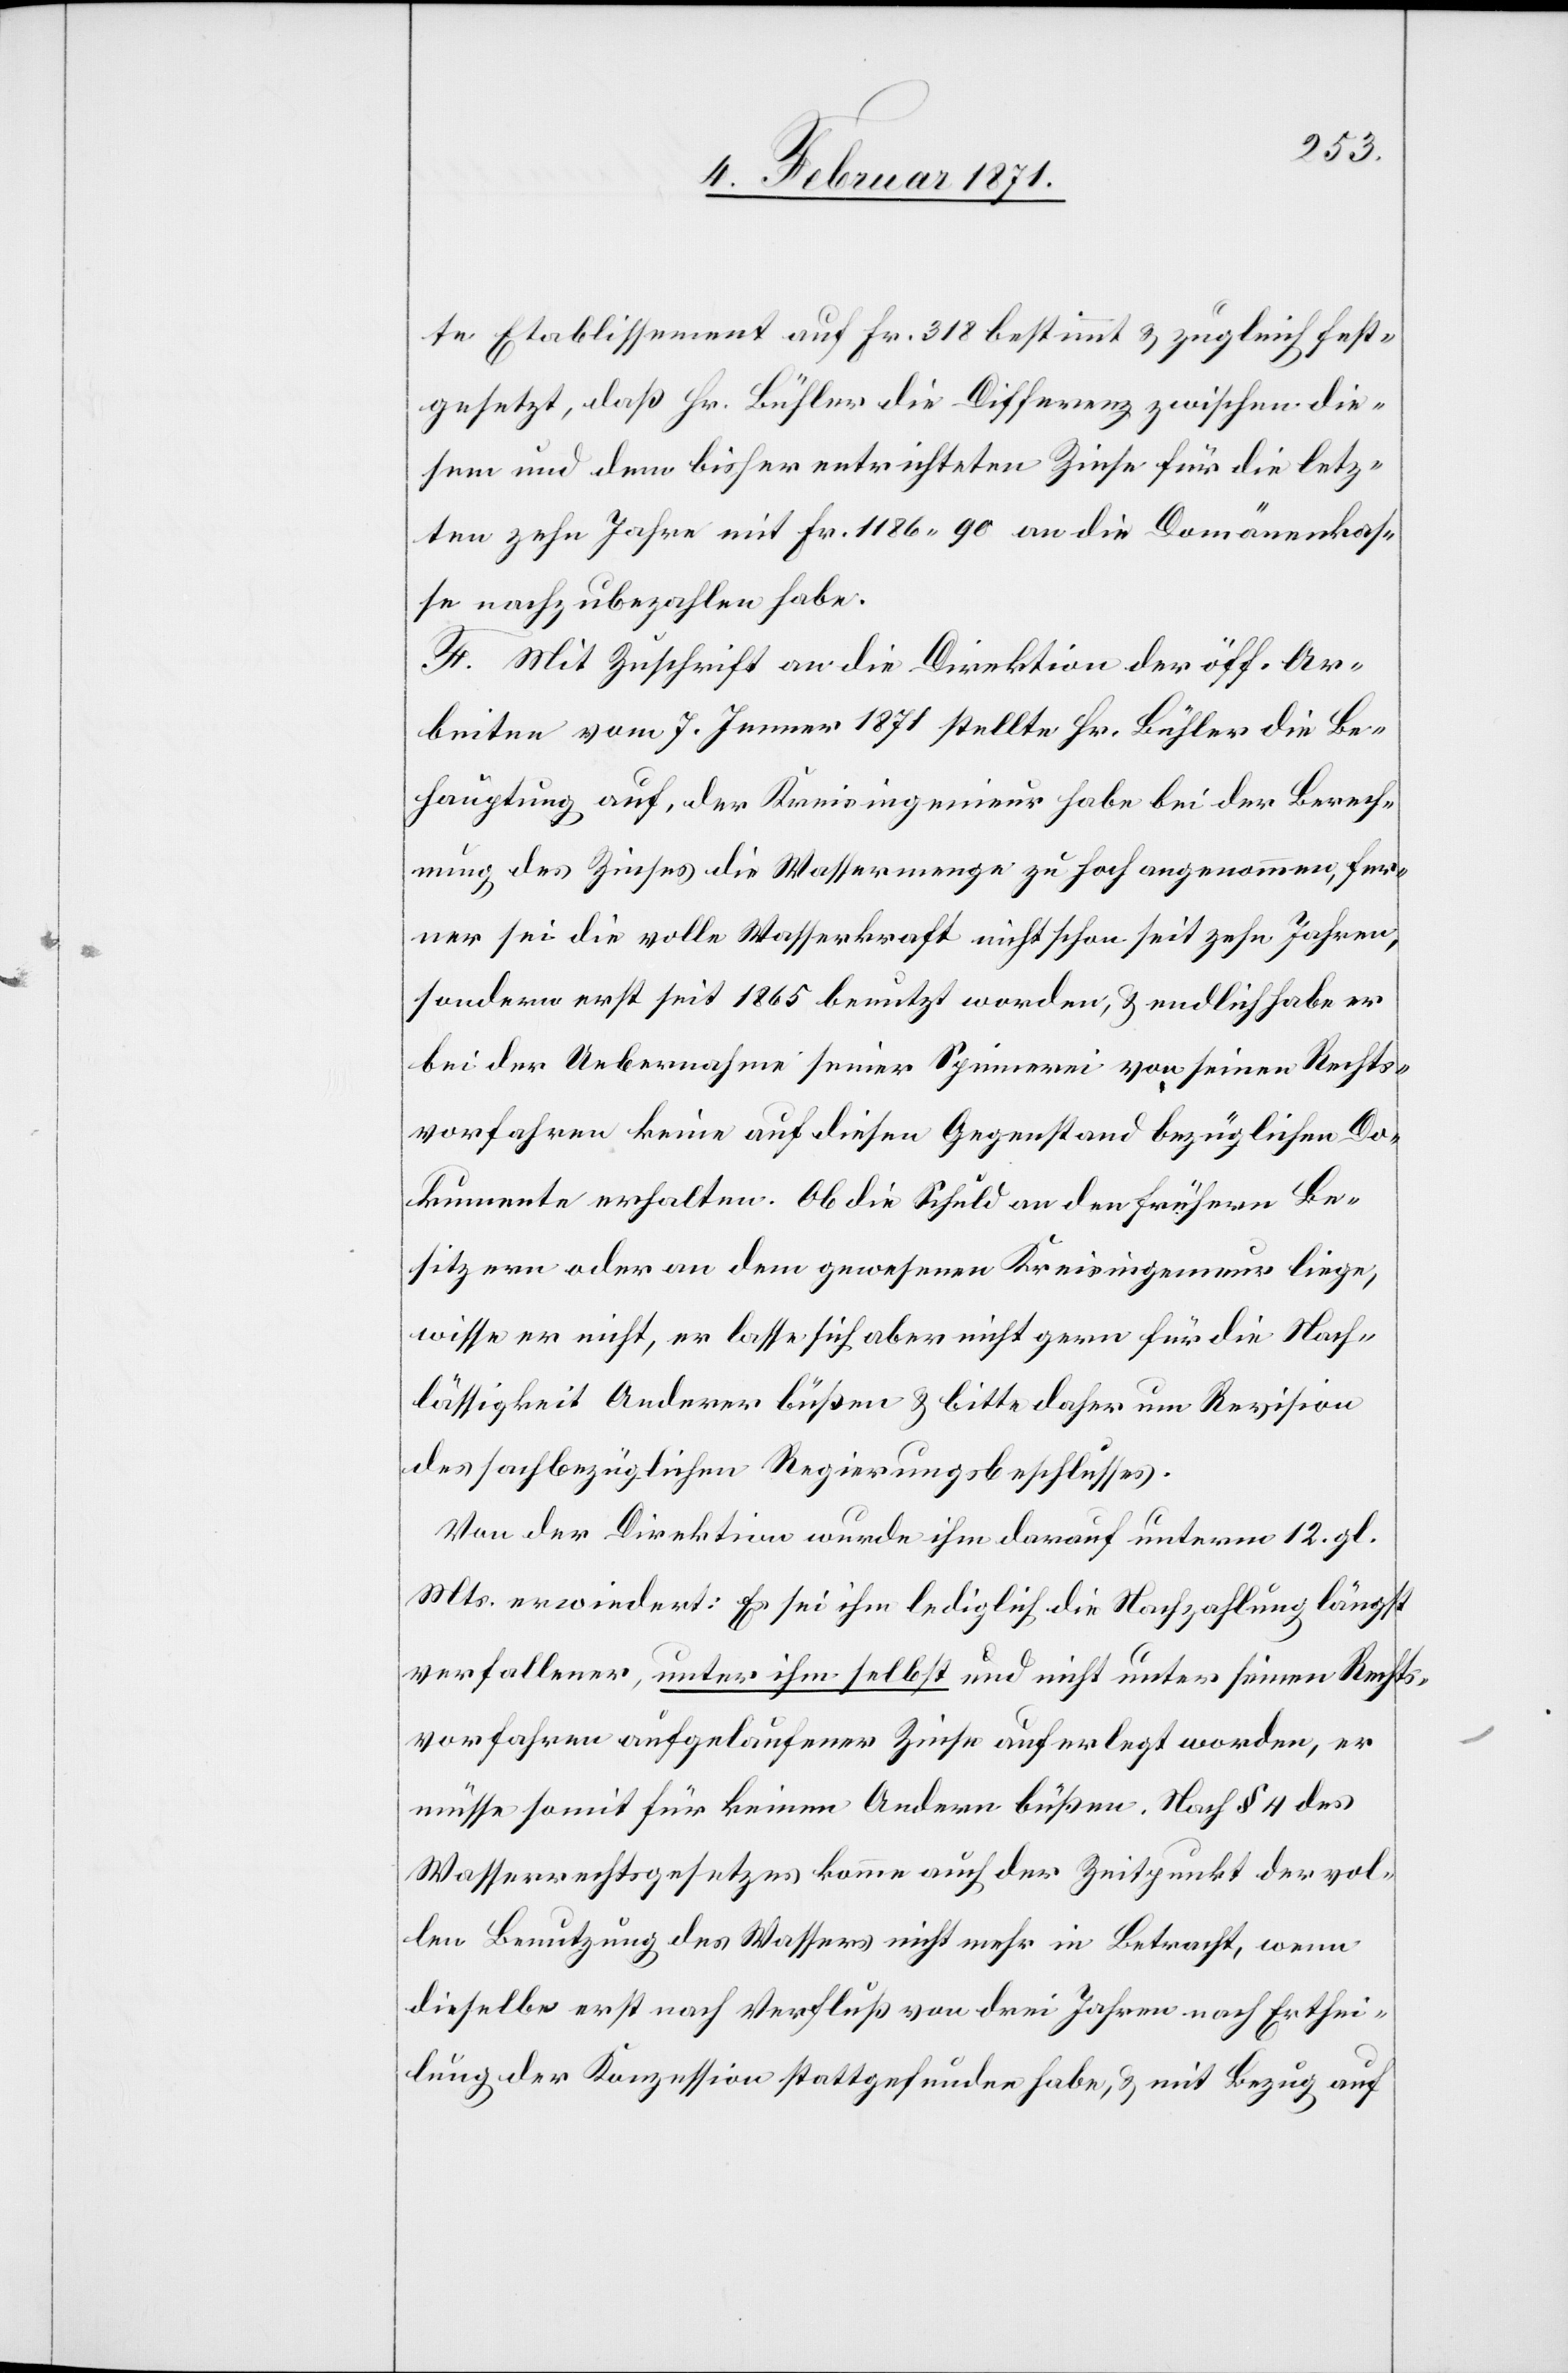
te Etablissement auf Fr. 318 bestimmt u. zugleich fest¬
gesetzt, daß Hr. Bühler die Differenz zwischen die¬
sem und dem bisher entrichteten Zinse für die letz¬
ten zehn Jahre mit Fr. 1186.90 an die Domänenkas¬
se nachzubezahlen habe.
F. Mit Zuschrift an die Direktion der öff. Ar¬
beiten vom 7. Jenner 1871 stellte Hr. Bühler die Be¬
hauptung auf, der Kreisingenieur habe bei der Berech¬
nung des Zinses die Wassermenge zu hoch angenommen, fer¬
ner sei die volle Wasserkraft nicht schon seit zehn Jahren,
sondern erst seit 1865 benutzt worden, u. endlich habe er
bei der Uebernahme seiner Spinnerei von seinen Rechts¬
vorfahren keine auf diesen Gegenstand bezüglichen Do¬
kumente erhalten. Ob die Schuld an den frühern Be¬
sitzern oder an dem gewesenen Kreisingenieur liege,
wisse er nicht, er lasse sich aber nicht gern für die Nach¬
lässigkeit Anderer büßen u. bitte daher um Revision
des sachbezüglichen Regierungsbeschlusses.
Von der Direktion wurde ihm darauf unterm 12. gl.
Mts. erwiedert: Es sei ihm lediglich die Nachzahlung längst
verfallener, unter ihm selbst und nicht unter seinen Rechts¬
vorfahren aufgelaufener Zinse auferlegt worden, er
müsse somit für keinen Andern büßen. Nach § 4 des
Wasserrechtsgesetzes komme auch der Zeitpunkt der vol¬
len Benutzung des Wassers nicht mehr in Betracht, wenn
dieselbe erst nach Verfluß von drei Jahren nach Erthei¬
lung der Konzession stattgefunden habe, u. mit Bezug auf